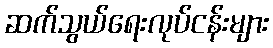
ဆက်သွယ်ရေးလုပ်ငန်းများ